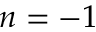
n = - 1